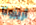
أريزونا